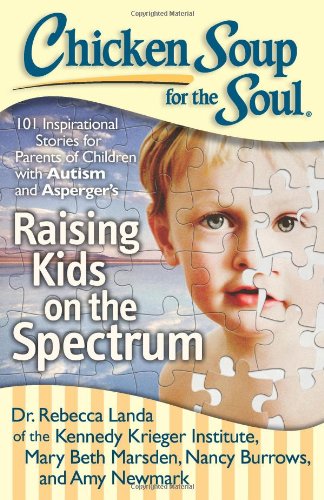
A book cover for Chicken Soup for the Soul: Raising Kids on the Spectrum: 101 Inspirational Stories for Parents of Children with Autism and Asperger's; Rebecca Dr. Landa; Parenting & Relationships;